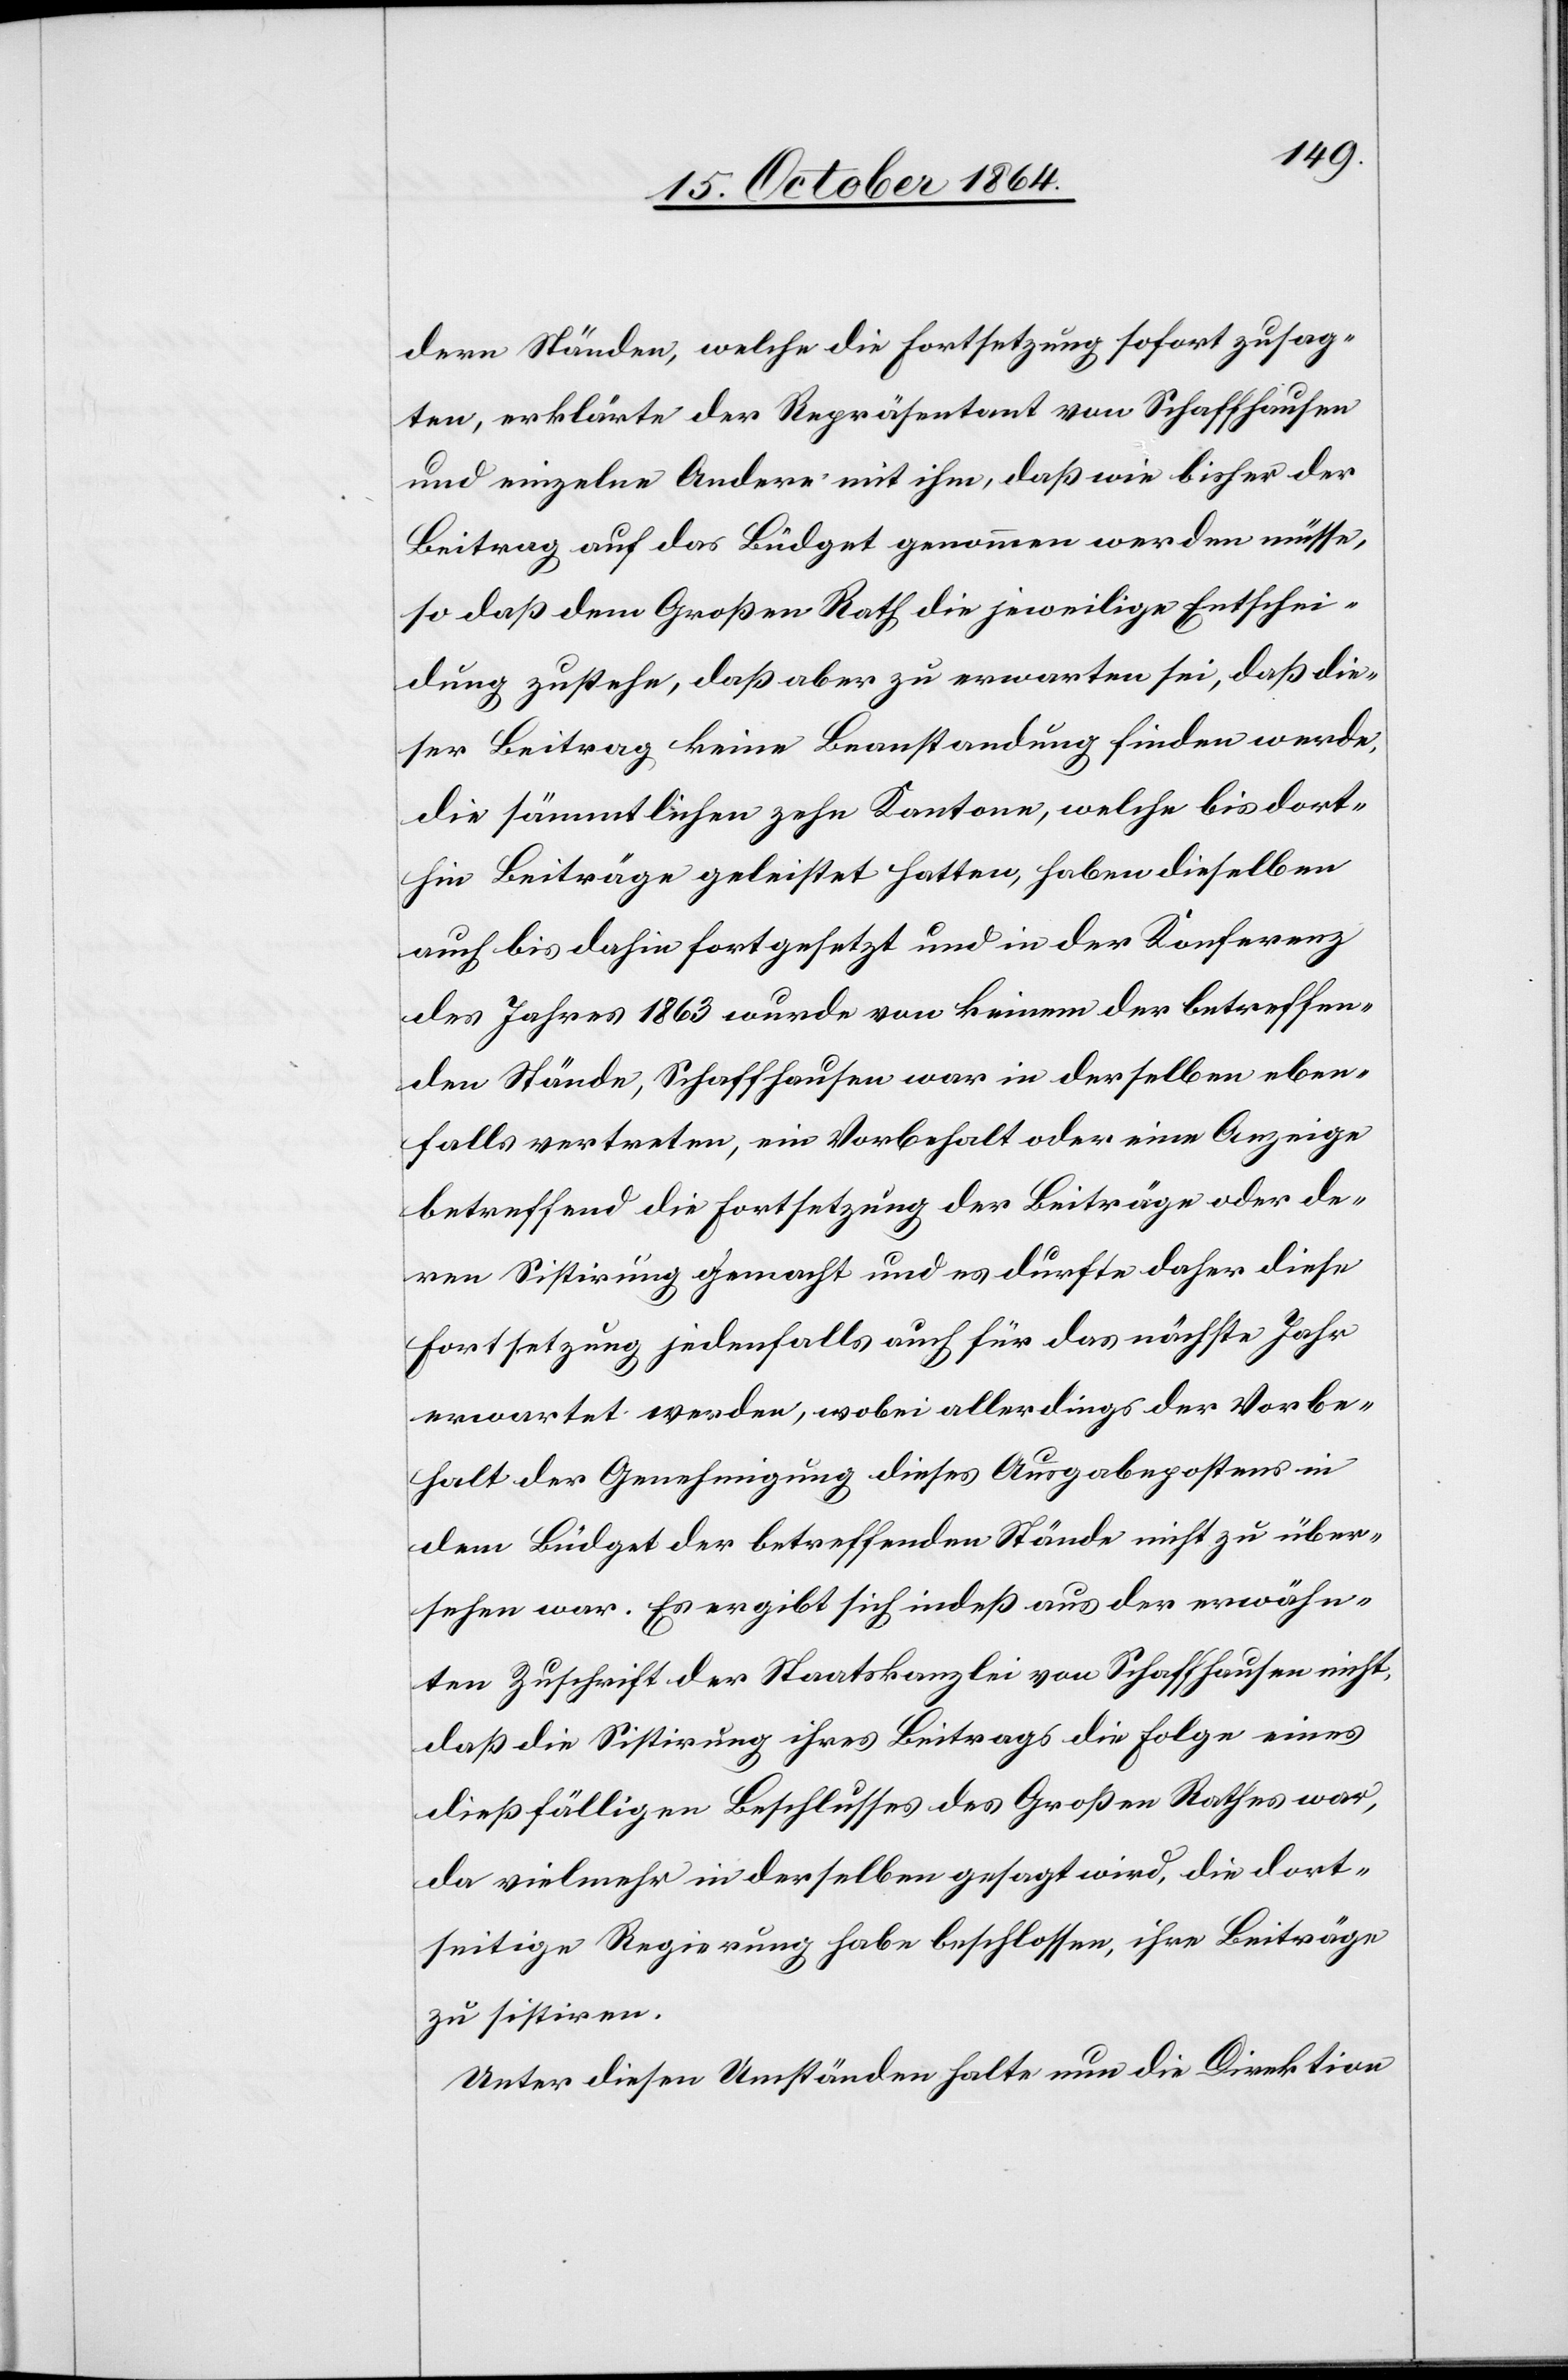
dern Ständen, welche die Fortsetzung sofort zusag¬
ten, erklärte der Repräsentant von Schaffhausen
und einzelne Andere mit ihm, daß wie bisher der
Beitrag auf das Büdget genommen werden müsse,
so daß dem Großen Rath die jeweilige Entschei¬
dung zustehe, daß aber zu erwarten sei, daß die¬
ser Beitrag keine Beanstandung finden werde.
Die sämmtlichen zehn Kantone, welche bis dort¬
hin Beiträge geleistet hatten, haben dieselben
auch bis dahin fortgesetzt und in der Konferenz
des Jahres 1863 wurde von keinem der betreffen¬
den Stände, Schaffhausen war in derselben eben¬
falls vertreten, ein Vorbehalt oder eine Anzeige
betreffend die Fortsetzung der Beiträge oder de¬
ren Sistirung gemacht und es dürfte daher diese
Fortsetzung jedenfalls auch für das nächste Jahr
erwartet werden, wobei allerdings der Vorbe¬
halt der Genehmigung dieses Ausgabepostens in
dem Büdget der betreffenden Stände nicht zu über¬
sehen war. Es ergibt sich indeß aus der erwähn¬
ten Zuschrift der Staatskanzlei von Schaffhausen nicht,
daß die Sistirung ihres Beitrages die Folge eines
dießfälligen Beschlusses des Großen Rathes war,
da vielmehr in derselben gesagt wird, die dort¬
seitige Regierung habe beschlossen, ihre Beiträge
zu sistiren.
Unter diesen Umständen halte nun die Direktion